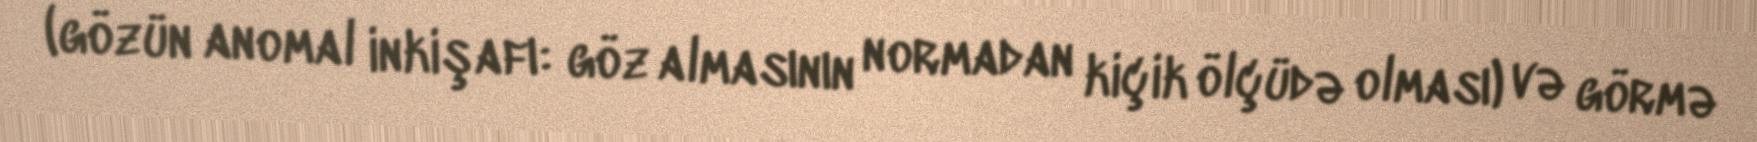
(gözün anomal inkişafı: göz almasının normadan kiçik ölçüdə olması) və görmə